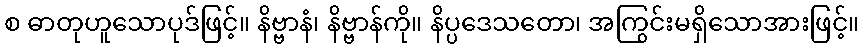
စ ဓာတုဟူသောပုဒ်ဖြင့်။ နိဗ္ဗာနံ၊ နိဗ္ဗာန်ကို။ နိပ္ပဒေသတော၊ အကြွင်းမရှိသောအားဖြင့်။